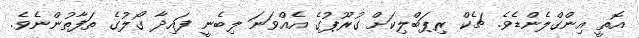
އޮތީ އިންގްލެންޑެވެ. ޗެކް ރިޕަބްލިކަށް ގުރޫޕުގެ އެއްވަނަ ލިބެނީ ފައިދާ ގޯލުގެ ތަފާތުންނެވެ.